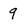
Character: 9